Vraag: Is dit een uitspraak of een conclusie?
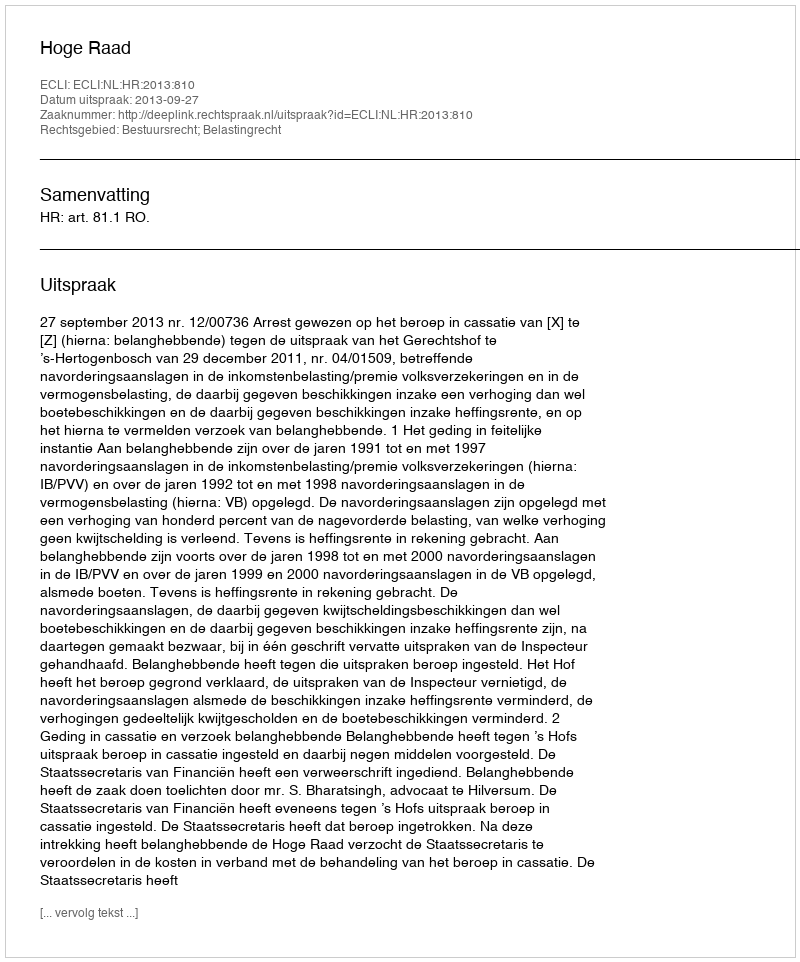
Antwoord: Uitspraak